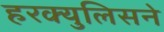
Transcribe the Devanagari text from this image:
हरक्युलिसने